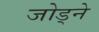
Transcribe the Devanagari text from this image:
जोड्ने